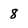
Character: 8